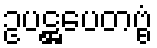
ဥပဋ္ဌပေတဗ္ဗံ